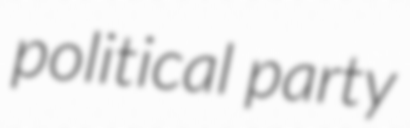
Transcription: political party